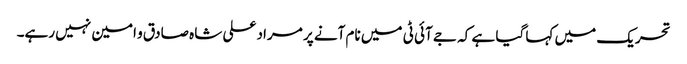
تحریک میں کہا گیا ہے کہ جے آئی ٹی میں نام آنے پر مراد علی شاہ صادق و امین نہیں رہے۔